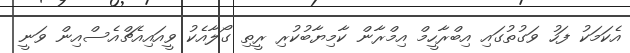
އެކަމަކު ފަހު ވަގުތުގައި އިބްރާހީމް އިމްރާން ކާމިޔާބުކުރި ރީތި ގޯލާއެކު ވީއައިއެޗްއެސްއިން ވަނީ